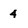
Character: 4